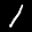
Label: 1